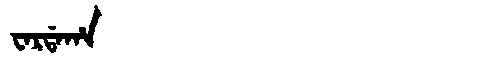
Manchu: ᠸᠠᡵᡩᠠᡥᠠ
Romanization: WARDAHA